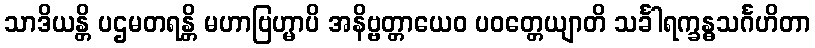
သာဒိယန္တိ ပဌမတရန္တိ မဟာဗြဟ္မာပိ အနိဗ္ဗတ္တာယေဝ ပဝတ္တေယျာတိ သင်္ခါရက္ခန္ဓသင်္ဂဟိတာ